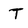
Character: T